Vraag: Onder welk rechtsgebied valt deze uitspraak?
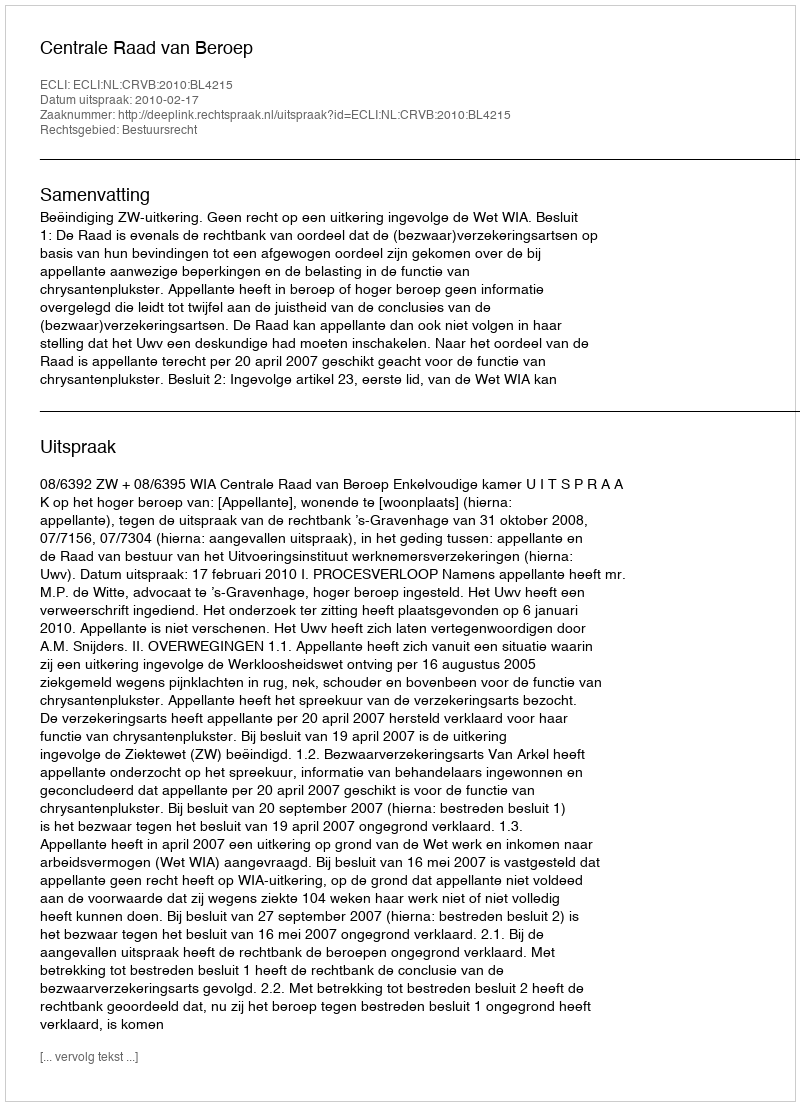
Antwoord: Bestuursrecht